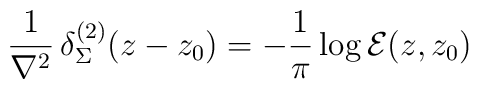
\frac1{\nabla^2}\,\delta_\Sigma^{(2)}(z-z_0)=-\frac1\pi\log {\cal E}(z,z_0)